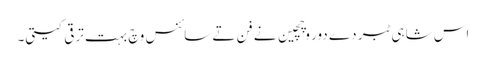
اس شاہی ٹبر دے دور وچچین نے فن تے سائنس وچ بہت ترقی کیتی۔